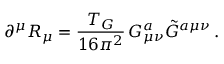
\partial ^ { \mu } R _ { \mu } = \frac { T _ { G } } { 1 6 \pi ^ { 2 } } \, G _ { \mu \nu } ^ { a } \tilde { G } ^ { a \mu \nu } \, .